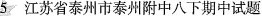
5江苏省泰州市泰州附中八下期中试题